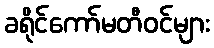
ခရိုင်ကော်မတီဝင်များ